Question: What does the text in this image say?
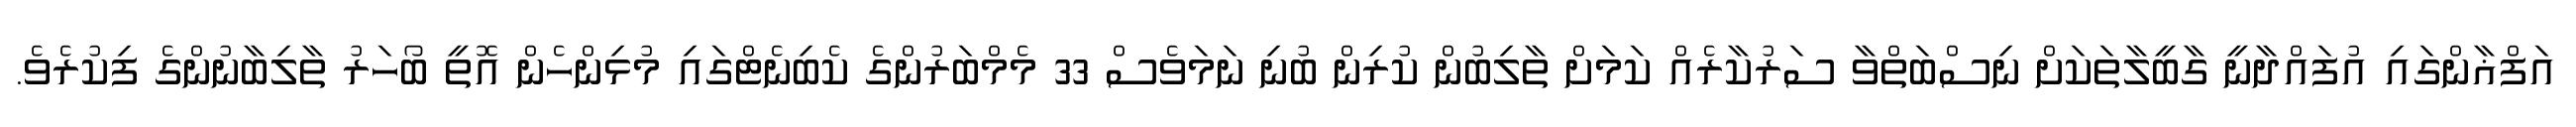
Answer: އަފްޣާންގައި އުފައްދާނީ ގާބީލާތަކަށް ނިސްބަތްވާ ސަރުކާރެއް ކަމަށް ތާލިބުން ކުރިން ބުނި ނަމަވެސް 33 މެމްބަރުންގެ ކެބިނެޓްގައި މުޅިންހެން އޮތީ ބޯހަރު ތާލިބާނުންގެ ފިކުރެވެ.